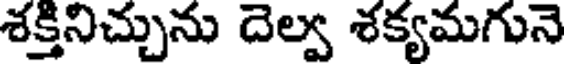
శక్తినిచ్చును దెల్వ శక్యమగునె